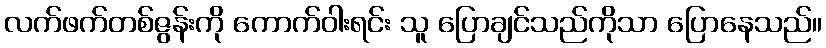
လက်ဖက်တစ်ဇွန်းကို ကောက်ဝါးရင်း သူ ပြောချင်သည်ကိုသာ ပြောနေသည်။